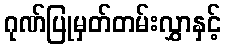
ဂုဏ်ပြုမှတ်တမ်းလွှာနှင့်